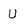
Character: U